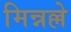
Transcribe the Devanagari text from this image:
मिन्नल्ले